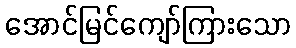
အောင်မြင်ကျော်ကြားသော